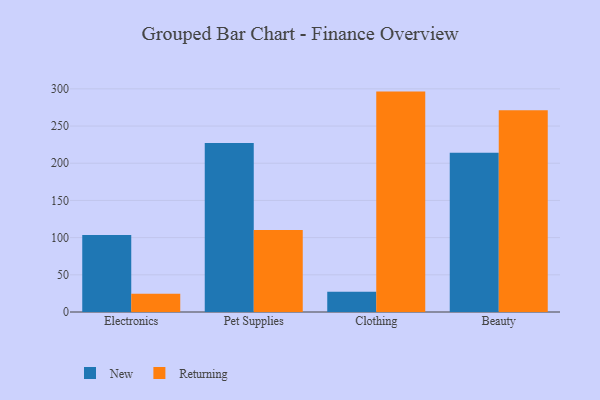
{"axis": {"x": "Category", "y": "Waste Production (Tons)"}, "legend": ["New", "Returning"], "data": [{"x": "Electronics", "y": 103.6, "type": "New"}, {"x": "Electronics", "y": 24.6, "type": "Returning"}, {"x": "Pet Supplies", "y": 227.2, "type": "New"}, {"x": "Pet Supplies", "y": 110.1, "type": "Returning"}, {"x": "Clothing", "y": 27.1, "type": "New"}, {"x": "Clothing", "y": 296.3, "type": "Returning"}, {"x": "Beauty", "y": 214.0, "type": "New"}, {"x": "Beauty", "y": 271.1, "type": "Returning"}]}